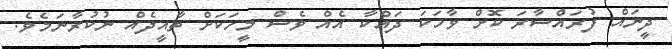
ދީނައް ފުރައްސާރަ ކޮށް ވާހަކަ ދައްކާ އެއް ވެސް މީހަކަށް ތާއީދެއް ނުކުރާނަމެވެ.